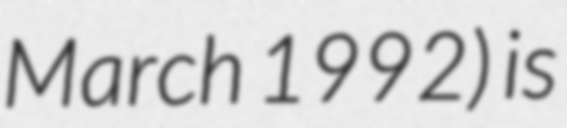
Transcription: March 1992) is